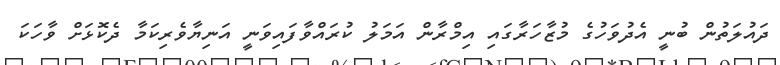
ދައުލަތުން ބުނީ އެދުވަހުގެ މުޒާހަރާގައި އިމްރާން އަމަލު ކުރައްވާފައިވަނީ އަނިޔާވެރިކަމާ ދެކޮޅަށް ވާހަކަ